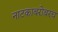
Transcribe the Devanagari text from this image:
नाटकाबरोबरच